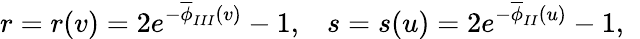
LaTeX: r=r(v)=2e^{-\overline{{{\phi}}}_{III}(v)}-1,\; \; \; s=s(u)=2e^{-\overline{{{\phi}}}_{II}(u)}-1,\; \;